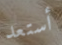
أستعد